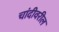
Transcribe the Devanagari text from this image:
चांदीवरील